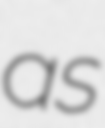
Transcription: as